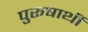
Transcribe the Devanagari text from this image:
पुरूषार्थी